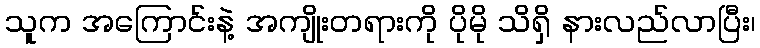
သူက အကြောင်းနဲ့ အကျိုးတရားကို ပိုမို သိရှိ နားလည်လာပြီး၊